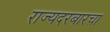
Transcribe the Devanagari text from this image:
राज्यदरबारचा